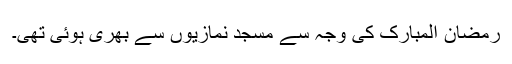
رمضان المبارک کی وجہ سے مسجد نمازیوں سے بھری ہوئی تھی۔